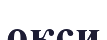
окси